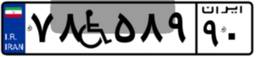
۲۵W۴۲۹۲۳